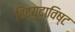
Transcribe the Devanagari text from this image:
विद्युदाविष्ट